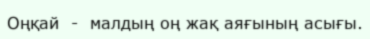
Оңқай  -  малдың оң жақ аяғының асығы.